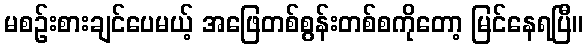
မစဉ်းစားချင်ပေမယ့် အဖြေတစ်စွန်းတစ်စကိုတော့ မြင်နေရပြီ။